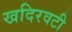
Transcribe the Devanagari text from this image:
खदिरवटी